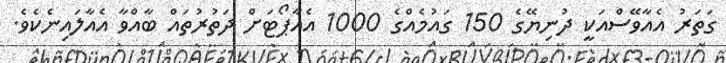
ގަތަރު އެއާވޭސްއަކީ ދުނިޔޭގެ 150 ގައުމެއްގެ 1000 އެއާޕޯޓަށް ދަތުރުތައް ބާއްވާ އެއާލައިނެކެވެ.